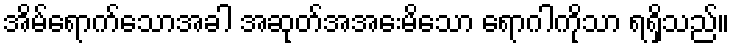
အိမ်ရောက်သောအခါ အဆုတ်အအေးမိသော ရောဂါကိုသာ ရရှိသည်။